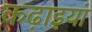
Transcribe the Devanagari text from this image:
कढ़ाइयां